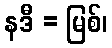
နဒီ = မြစ်၊